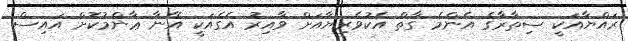
ރައްޔާއަކީ ސިތާރާގެ އެންމެ ގާތް އެކުވެރިޔާއަށް ވާއިރު އެގެއަކީ އޭނާ ޢާންމުކޮށް އައިސް